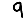
Digit: 9